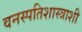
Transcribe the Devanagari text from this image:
वनस्पतिशास्त्राशी